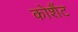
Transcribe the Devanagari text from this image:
कोशैंट